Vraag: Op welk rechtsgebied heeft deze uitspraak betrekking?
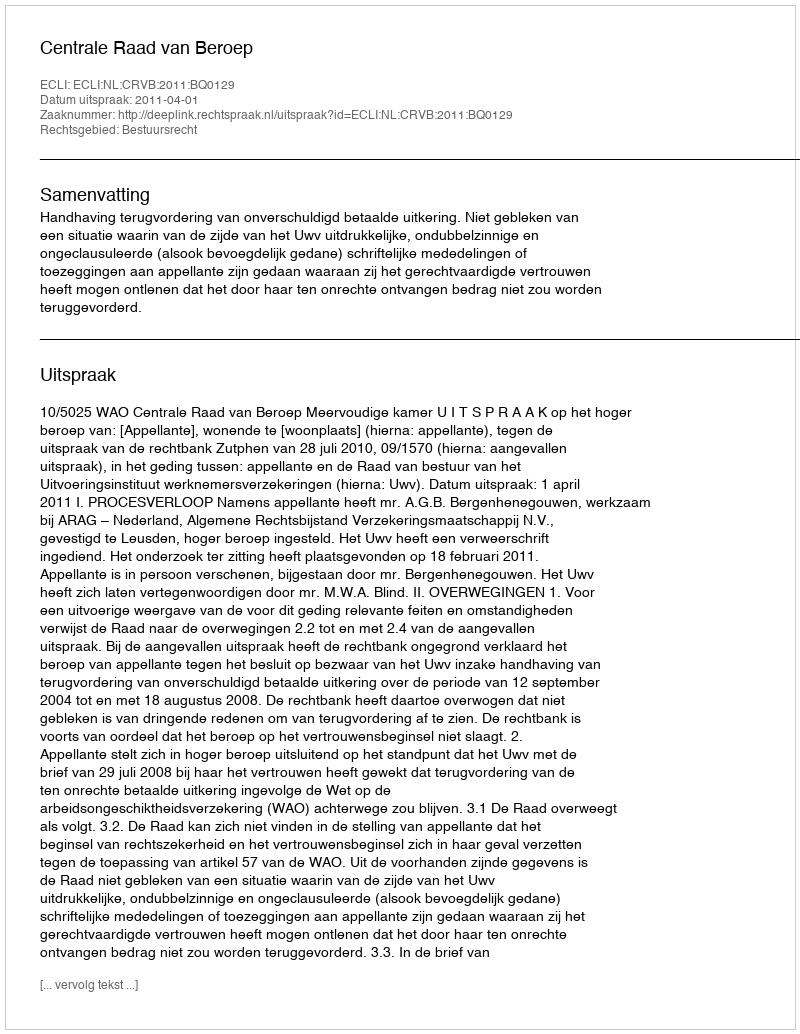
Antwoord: Bestuursrecht